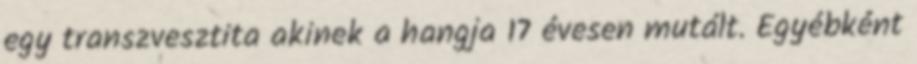
egy transzvesztita akinek a hangja 17 évesen mutált. Egyébként